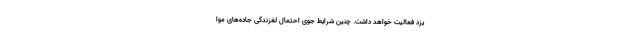
یزد فعالیت خواهد داشت. چنین شرایط جوی احتمال لغزندگی جاده‌های موا